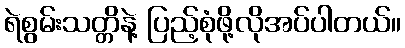
ရဲစွမ်းသတ္တိနဲ့ ပြည့်စုံဖို့လိုအပ်ပါတယ်။